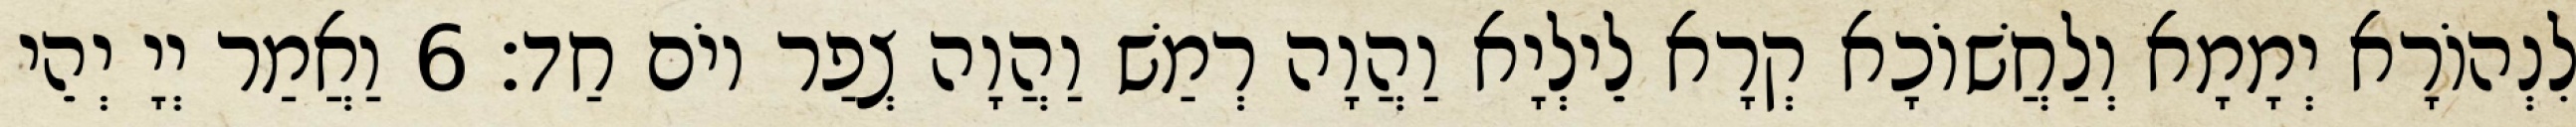
לִנְהוֹרָא יְמָמָא וְלַחֲשׁוֹכָא קְרָא לֵילְיָא וַהֲוָה רְמַשׁ וַהֲוָה צְפַר יוֹם חַד׃ 6 וַאֲמַר יְיָ יְהֵי